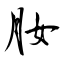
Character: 肗